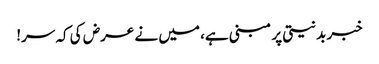
خبر بدنیتی پر مبنی ہے، میں نے عرض کی کہ سر!